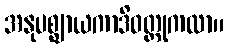
အနုပစ္ဈာယကာဒိဝတ္ထုကထာ။